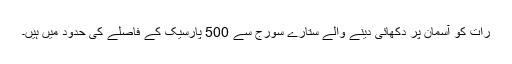
رات کو آسمان پر دکھائی دینے والے ستارے سورج سے 500 پارسیک کے فاصلے کی حدود میں ہیں۔